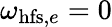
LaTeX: \omega_{\mathrm{hfs},e}=0